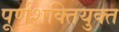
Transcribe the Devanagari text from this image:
पूर्णशक्तियुक्त